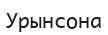
Урынсона